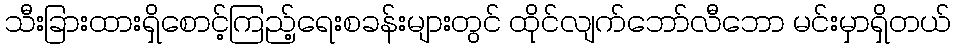
သီးခြားထားရှိစောင့်ကြည့်ရေးစခန်းများတွင် ထိုင်လျက်ဘော်လီဘော မင်းမှာရှိတယ်